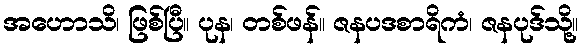
အဟောသိ၊ ဖြစ်ပြီ။ ပုန၊ တစ်ဖန်။ ဇနပဒစာရိကံ၊ ဇနပုဒ်သို့။